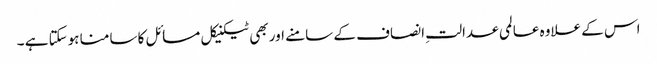
اس کے علاوہ عالمی عدالتِ انصاف کے سامنے اور بھی ٹیکنیکل مسائل کا سامنا ہوسکتا ہے ۔